Indian journal of veterinary science and animal husbandry - Volumes 22-23, 1952-1953
Year: 1952
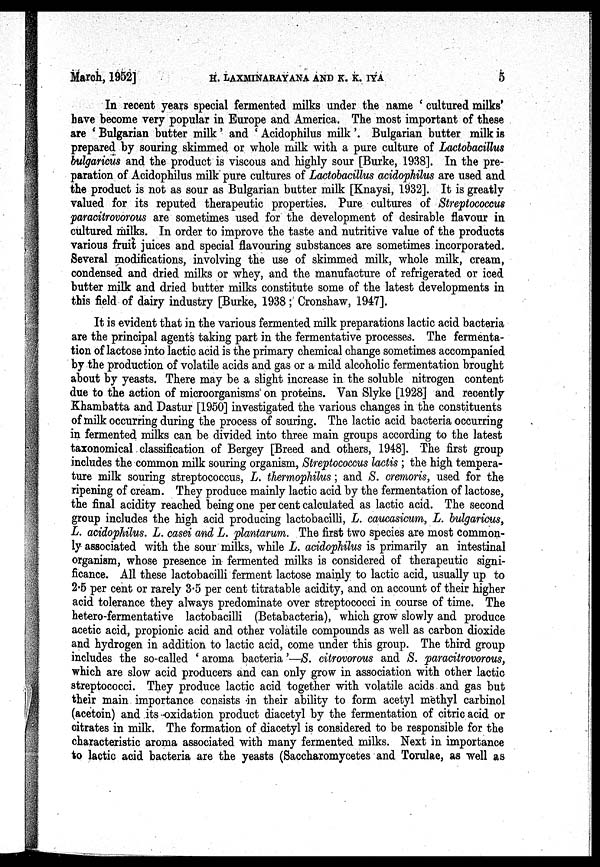
March, 1952]
H.
LAXMINARAYANA
AND
K.
K.
IYA
5
In recent years special fermented milks under the name ' cultured milks'
have become very popular in Europe and America. The most important of these
are 'Bulgarian butter milk' and 'Acidophilus milk'. Bulgarian butter milk is
prepared by souring skimmed or whole milk with a pure culture of Lactobacillus
bulgaricus and the product is viscous and highly sour [Burke, 1938]. In the pre-
paration of Acidophilus milk pure cultures of Lactobacillus acidophilus are used and
the product is not as sour as Bulgarian butter milk [Knaysi, 1932]. It is greatly
valued for its reputed therapeutic properties. Pure cultures of Streptococcus
paracitrovorous are sometimes used for the development of desirable flavour in
cultured milks. In order to improve the taste and nutritive value of the products
various fruit juices and special flavouring substances are sometimes incorporated.
Several modifications, involving the use of skimmed milk, whole milk, cream,
condensed and dried milks or whey, and the manufacture of refrigerated or iced
butter milk and dried butter milks constitute some of the latest developments in
this field of dairy industry [Burke, 1938; Cronshaw, 1947].
It is evident that in the various fermented milk preparations lactic acid bacteria
are the principal agents taking part in the fermentative processes. The fermenta-
tion of lactose into lactic acid is the primary chemical change sometimes accompanied
by the production of volatile acids and gas or a mild alcoholic fermentation brought
about by yeasts. There may be a slight increase in the soluble nitrogen content
due to the action of microorganisms on proteins. Van Slyke [1928] and recently
Khambatta and Dastur [1950] investigated the various changes in the constituents
of milk occurring during the process of souring. The lactic acid bacteria occurring
in fermented milks can be divided into three main groups according to the latest
taxonomical classification of Bergey [Breed and others, 1948]. The first group
includes the common milk souring organism, Streptococcus lactis ; the high tempera-
ture milk souring streptococcus, L. thermophilus; and S. cremoris, used for the
ripening of cream. They produce mainly lactic acid by the fermentation of lactose,
the final acidity reached being one per cent calculated as lactic acid. The second
group includes the high acid producing lactobacilli, L. caucasicum, L. bulgaricus,
L. acidophilus. L. casei and L. plantarum. The first two species are most common-
ly associated with the sour milks, while L. acidophilus is primarily an intestinal
organism, whose presence in fermented milks is considered of therapeutic signi-
ficance. All these lactobacilli ferment lactose mainly to lactic acid, usually up to
2.5 per cent or rarely 3.5 per cent titratable acidity, and on account of their higher
acid tolerance they always predominate over streptococci in course of time. The
hetero-fermentative lactobacilli (Betabacteria), which grow slowly and produce
acetic acid, propionic acid and other volatile compounds as well as carbon dioxide
and hydrogen in addition to lactic acid, come under this group. The third group
includes the so-called ' aroma bacteria'—S. citrovorous and S. paracitrovorous,
which are slow acid producers and can only grow in association with other lactic
streptococci. They produce lactic acid together with volatile acids and gas but
their main importance consists in their ability to form acetyl methyl carbinol
(acetoin) and its oxidation product diacetyl by the fermentation of citric acid or
citrates in milk. The formation of diacetyl is considered to be responsible for the
characteristic aroma associated with many fermented milks. Next in importance
to lactic acid bacteria are the yeasts (Saccharomycetes and Torulae, as well as